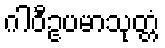
ဂါဝီဥပမာသုတ္တံ